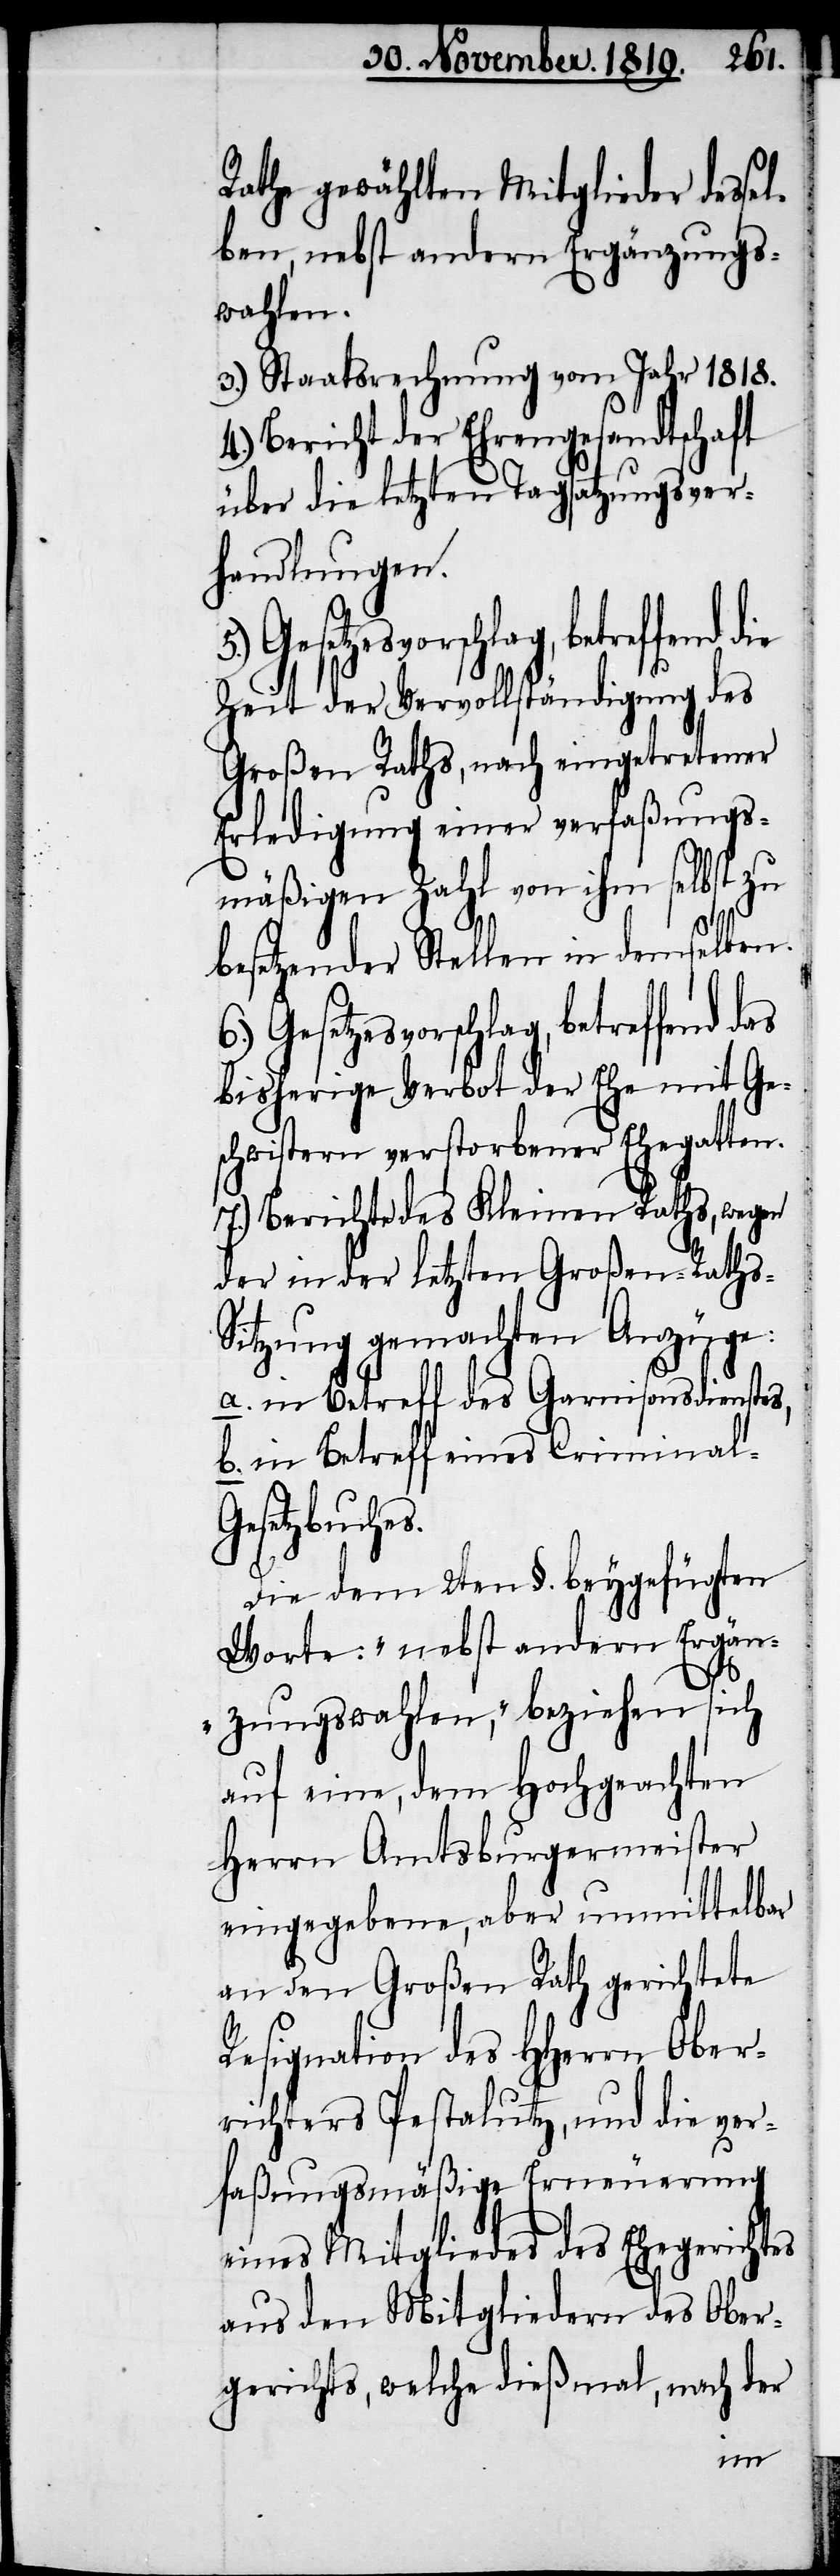
Rathe gewählten Mitglieder desse¬
lben, nebst andern Ergänzungs¬
wahlen.
3.) Staatsrechnung vom Jahr 1818.
4.) Bericht der Ehrengesandtschaft
über die letzten Tagsatzungsver¬
handlungen.
Zeit der Vervollständigung des
Großen Raths, nach eingetretener
Erledigung einer verfaßungs¬
mäßigen Zahl von ihm selbst zu
besetzender Stellen in demselben.
Gesetzesvorschlag, betreffend
bisherige Verbot der Ehe mit Ge¬
schwistern verstorbener Ehegatten.
7.) Berichte des Kleinen Raths, wegen
der in der letzten Großen-Raths-S¬
itzung gemachten Anzüge:
a. in Betreff des Garnisonsdienstes,
b. in Betreff eines Criminal-G¬
esetzbuches.
Die dem 2ten §. beygefügten
Worte: „nebst andern Ergän¬
5.)
zungswahlen“, beziehen sich
auf eine, dem Hochgeachten
Herrn Amtsburgermeister
eingegebene, aber unmittelbar
an den Großen Rath gerichtete
Resignation des HHerrn Ober¬
richters Pestalutz, und die ver¬
faßungsmäßige Erneuerung
eines Mitgliedes des Ehegerichtes
aus den Mitgliedern des Ober¬
gerichts, welche dießmal, nach der